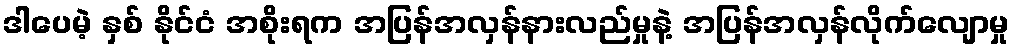
ဒါပေမဲ့ နှစ် နိုင်ငံ အစိုးရက အပြန်အလှန်နားလည်မှုနဲ့ အပြန်အလှန်လိုက်လျောမှု